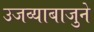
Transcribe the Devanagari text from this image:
उजव्याबाजुने